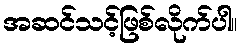
အဆင်သင့်ဖြစ်လိုက်ပါ။